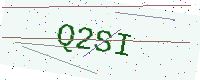
Text: Q2SI